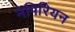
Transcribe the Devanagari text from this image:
नेपिरियन